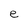
Character: e